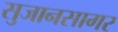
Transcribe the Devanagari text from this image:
सुजानसागर